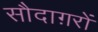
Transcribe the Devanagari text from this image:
सौदाग़रों